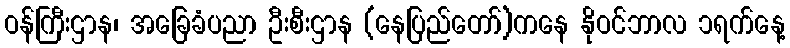
ဝန်ကြီးဌာန၊ အခြေခံပညာ ဦးစီးဌာန (နေပြည်တော်)ကနေ နိုဝင်ဘာလ ၁ရက်နေ့